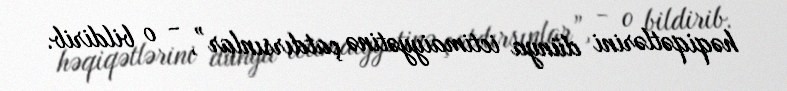
həqiqətlərini dünya ictimaiyyətinə çatdırsınlar”, - o bildirib.